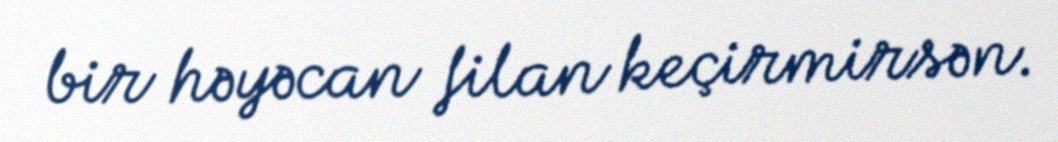
bir həyəcan filan keçirmirsən.